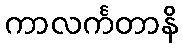
ကာလင်္ကတာနိ